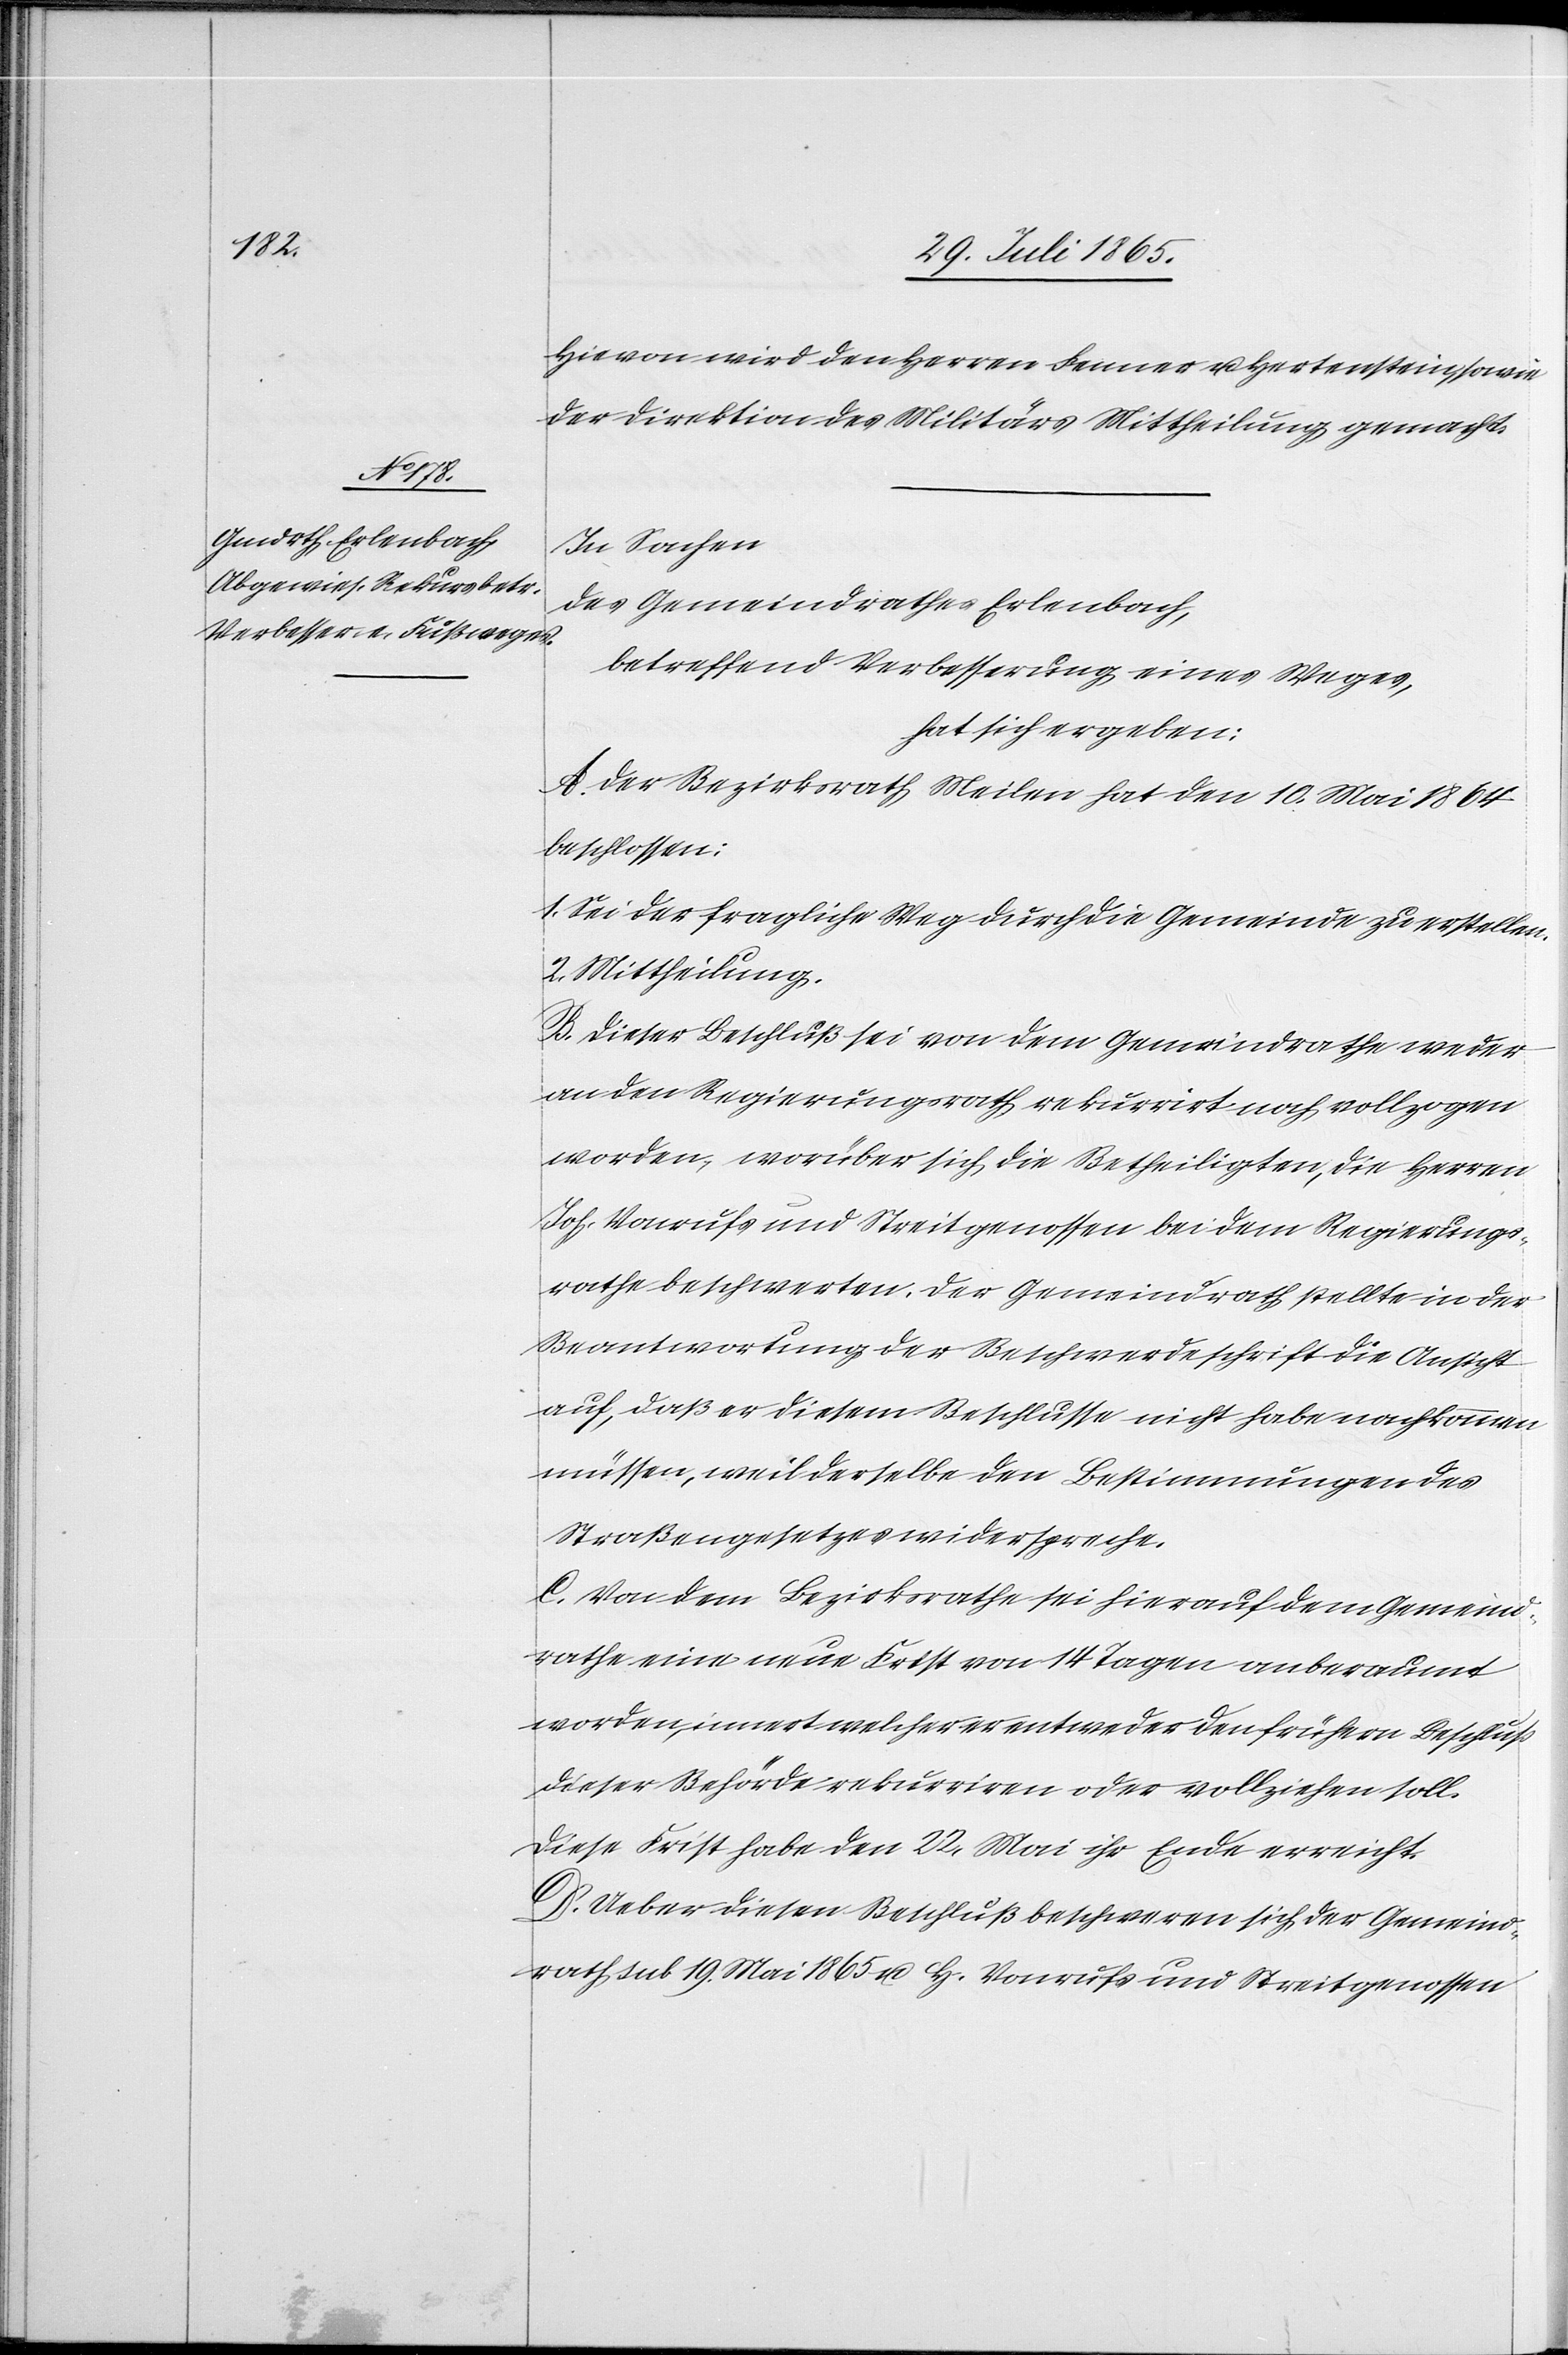
Hievon wird den Herrn Fenner u. Hertenstein, sowie
der Direktion des Militärs Mittheilung gemacht.
In Sachen
des Gemeindrathes Erlenbach,
betreffend Verbesserung eines Weges,
hat sich ergeben:
A. Der Bezirksrath Meilen hat den 10. Mai 1864
beschlossen:
1. Sei der fragliche Weg durch die Gemeinde zu erstellen.
2. Mittheilung.
B. Dieser Beschluß sei von dem Gemeindrathe weder
an den Regierungsrath rekurrirt noch vollzogen
worden, worüber sich die Betheiligten, die Herren
Joh. Vonrufs und Streitgenossen bei dem Regierungs¬
rathe beschwerten. Der Gemeindrath stellte in der
Beantwortung der Beschwerdeschrift die Ansicht
auf, daß er diesem Beschlusse nicht habe nachkommen
müssen, weil derselbe den Bestimmungen des
Straßengesetzes widerspreche.
C. Von dem Bezirksrathe sei hierauf dem Gemeind¬
rathe eine neue Frist von 14 Tagen anberaumt
worden, innert welcher er entweder den frühern Beschluß
dieser Behörde rekurriren oder vollziehen soll.
Diese Frist habe den 22. Mai ihr Ende erreicht.
D. Ueber diesen Beschluß beschweren sich der Gemeind¬
rath sub 19. Mai 1865 u. Hr. Vonrufs und Streitgenossen